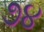
૭૪